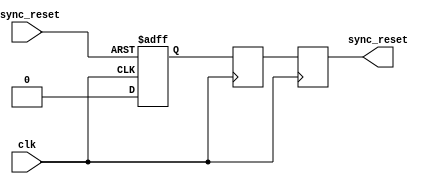
module async_reset_synchronizer #(
    parameter ACTIVE_LOW = 1 // Set to 1 for active-low reset, 0 for active-high
)(
    input wire clk,            // Clock input
    input wire async_reset,    // Asynchronous reset input
    output reg sync_reset      // Synchronized reset output
);

// Internal signals for synchronization
reg reset_ff1;
reg reset_ff2;

// Asynchronous reset handling
always @(posedge clk or negedge async_reset) begin
    if (ACTIVE_LOW ? async_reset == 1'b0 : async_reset == 1'b1) begin
        reset_ff1 <= 1'b1; // Active reset condition
    end else begin
        reset_ff1 <= 1'b0; // No reset
    end
end

// Synchronization to clock domain
always @(posedge clk) begin
    reset_ff2 <= reset_ff1; // Synchronize reset signal
end

// Assign synchronized reset output
always @(posedge clk) begin
    sync_reset <= reset_ff2; // Output the synchronized reset
end

endmodule